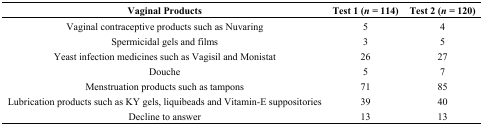
<table><thead><tr><td><b>Vaginal Products</b></td><td><b>Test 1 (<i>n</i> = 114)</b></td><td><b>Test 2 (<i>n</i> = 120)</b></td></tr></thead><tbody><tr><td>Vaginal contraceptive products such as Nuvaring</td><td>5</td><td>4</td></tr><tr><td>Spermicidal gels and films</td><td>3</td><td>5</td></tr><tr><td>Yeast infection medicines such as Vagisil and Monistat</td><td>26</td><td>27</td></tr><tr><td>Douche</td><td>5</td><td>7</td></tr><tr><td>Menstruation products such as tampons</td><td>71</td><td>85</td></tr><tr><td>Lubrication products such as KY gels, liquibeads and Vitamin-E suppositories</td><td>39</td><td>40</td></tr><tr><td>Decline to answer</td><td>13</td><td>13</td></tr></tbody></table>